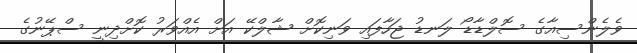
ވެލެންސިއާގެ ސޮލްޑާޑޯ ލަނޑު ޖަހާފައި ވަނިކޮށް ޝާލްކޭ އަށް އެއްވަރު ކޮށްދިނީ ސްޕޭނުގެ